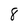
Character: 8